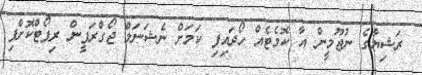
ރަޝިޔާގެ ނުޖޫމީން އާ ކޮމެޓެއް ހޯދައިފި ކަމަށް ނެޝަނަލް ޖޯގްރަފީން ރިޕޯޓްކޮށްފި